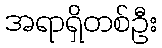
အရာရှိတစ်ဦး